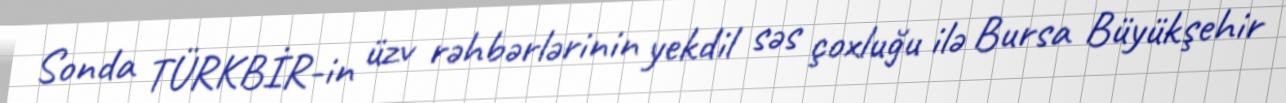
Sonda TÜRKBİR-in üzv rəhbərlərinin yekdil səs çoxluğu ilə Bursa Büyükşehir